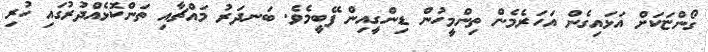
ގޯންޏަކަށް އަޅައިގެން އަހަރެމެން ތިންމީހުން ޑިންގީއިން ފޭބީމެވެ. ބަނދަރު މައްޗާއި ތަންކޮޅެއްދުރުގައި ހުރި